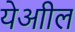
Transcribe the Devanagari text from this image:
येआील